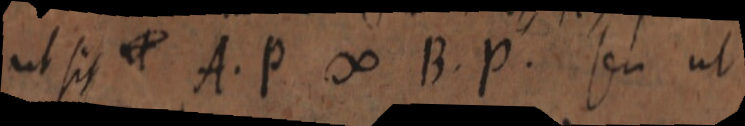
ut sit ut A. P ∞ B. P. seu ut